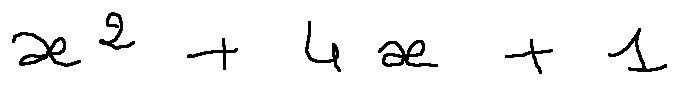
x ^ { 2 } + 4 x + 1